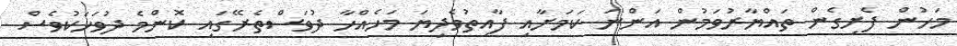
މަހުން ފެށިގެން ތައްޔާރުވަމުން އަންނަ ކަމަށާއި ފާއިތުވެދިޔަ މަހެއްހާ ދުވަސްތެރޭގައި ކޮންމެ ދުވަހަކުވެސް